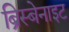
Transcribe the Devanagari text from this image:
ब्रिस्बेनाइट